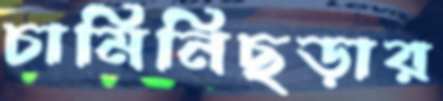
চামিনিছড়ার